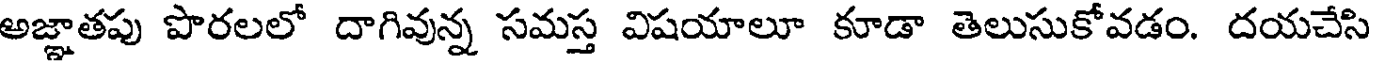
అజ్ఞాతపు పొరలలో దాగివున్న సమస్త విషయాలూ కూడా తెలుసుకోవడం. దయచేసి